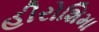
હીરોશિમા